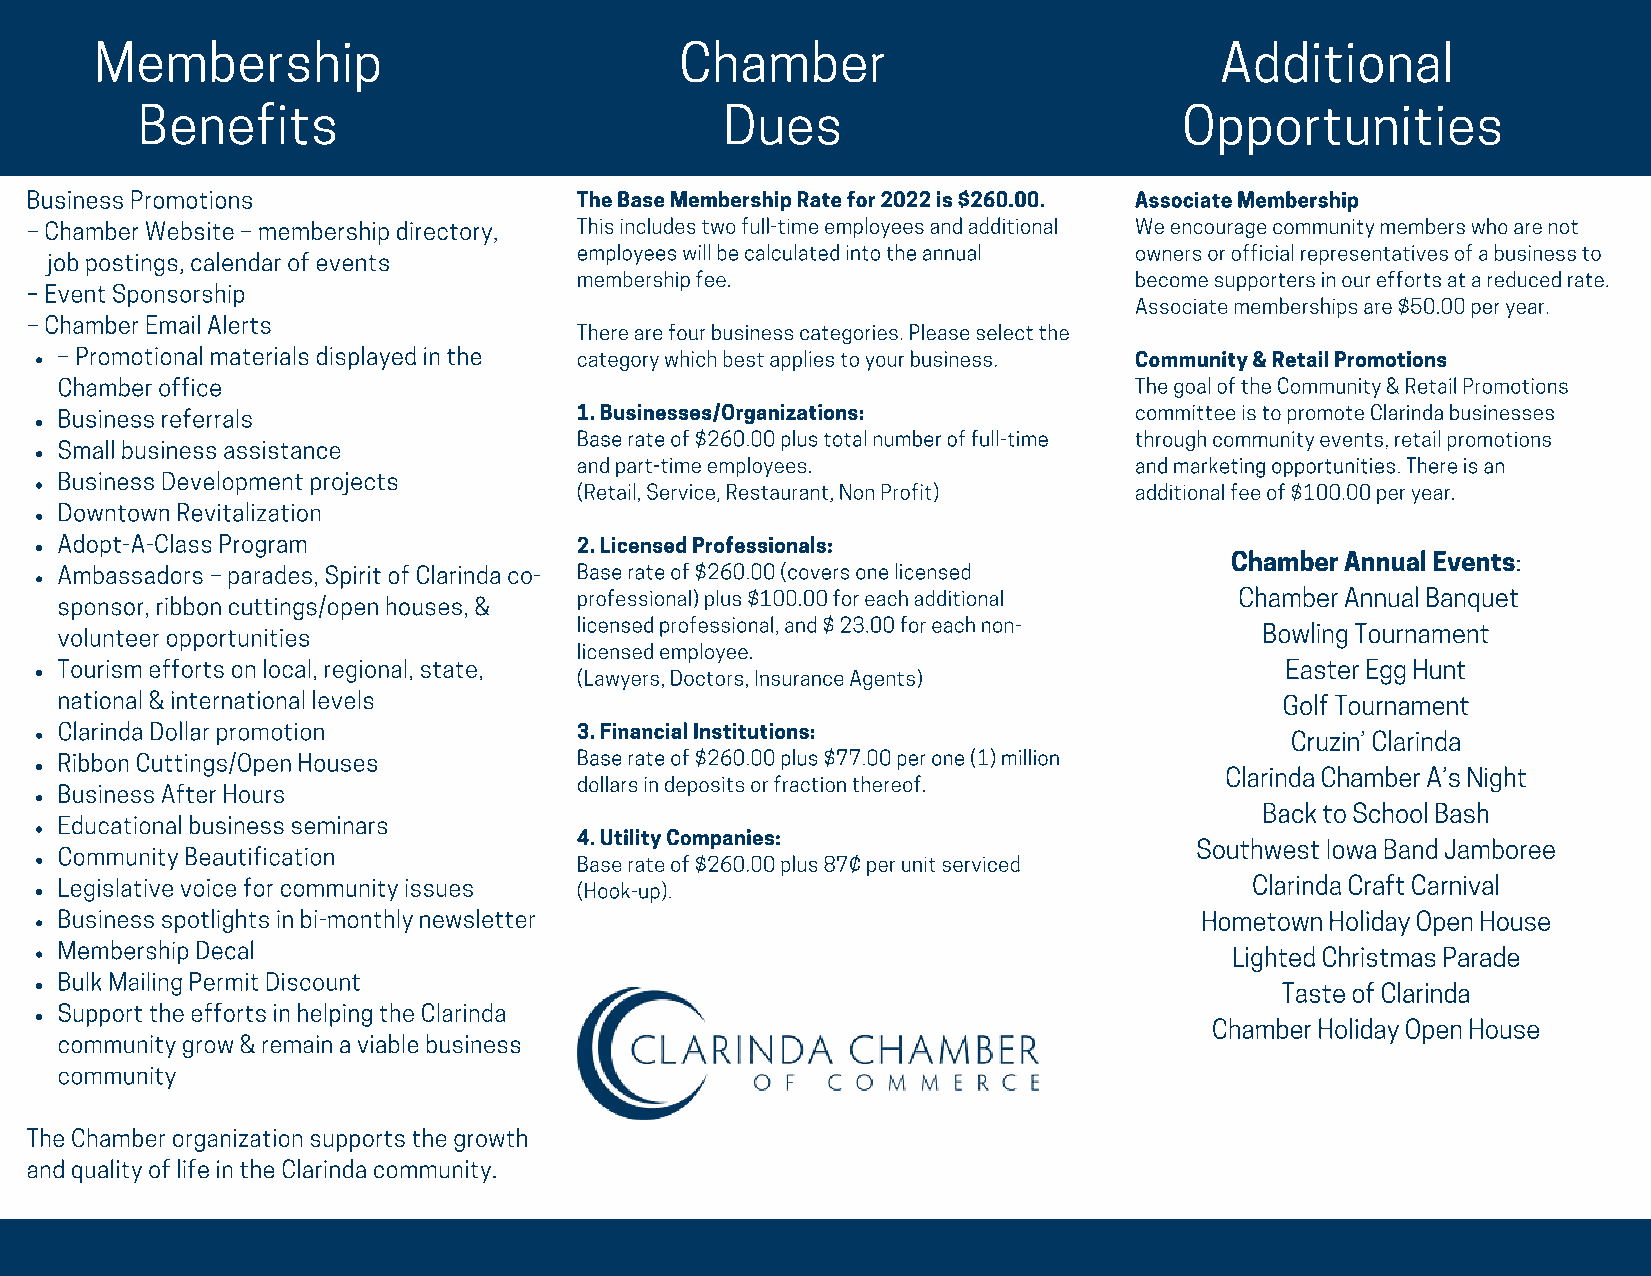
Membership                             Chamber                             Additional
 Benefits                               Dues                          Opportunities
 Business Promotions                 The Base Membership Rate for 2022 is $260.00. Associate Membership
 – Chamber Website – membership directory, This includes two full-time employees and additional We encourage community members who are not
 employees will be calculated into the annual owners or official representatives of a business to
 job postings, calendar of events
 membership fee.                      become supporters in our efforts at a reduced rate.
 – Event Sponsorship
 Associate memberships are $50.00 per year.
 – Chamber Email Alerts
 There are four business categories. Please select the
 – Promotional materials displayed in the category which best applies to your business. Community & Retail Promotions
 Chamber office                                                         The goal of the Community & Retail Promotions
 Business referrals                1. Businesses/Organizations:         committee is to promote Clarinda businesses
 Base rate of $260.00 plus total number of full-time through community events, retail promotions
 Small business assistance
 and part-time employees.             and marketing opportunities. There is an
 Business Development projects
 (Retail, Service, Restaurant, Non Profit) additional fee of $100.00 per year.
 Downtown Revitalization
 Adopt-A-Class Program             2. Licensed Professionals:
 Chamber Annual Events:
 Ambassadors – parades, Spirit of Clarinda co- Base rate of $260.00 (covers one licensed
 sponsor, ribbon cuttings/open houses, & professional) plus $100.00 for each additional Chamber Annual Banquet
 volunteer opportunities           licensed professional, and $ 23.00 for each non- Bowling Tournament
 licensed employee.
 Tourism efforts on local, regional, state,                                       Easter Egg Hunt
 (Lawyers, Doctors, Insurance Agents)
 national & international levels                                                  Golf Tournament
 Clarinda Dollar promotion         3. Financial Institutions:
 Cruzin’ Clarinda
 Ribbon Cuttings/Open Houses       Base rate of $260.00 plus $77.00 per one (1) million
 Clarinda Chamber A’s Night
 dollars in deposits or fraction thereof.
 Business After Hours
 Back to School Bash
 Educational business seminars
 4. Utility Companies:
 Southwest Iowa Band Jamboree
 Community Beautification
 Base rate of $260.00 plus 87¢ per unit serviced
 Legislative voice for community issues (Hook-up).                              Clarinda Craft Carnival
 Business spotlights in bi-monthly newsletter                               Hometown Holiday Open House
 Membership Decal                                                             Lighted Christmas Parade
 Bulk Mailing Permit Discount
 Taste of Clarinda
 Support the efforts in helping the Clarinda
 Chamber Holiday Open House
 community grow & remain a viable business
 community
 The Chamber organization supports the growth
 and quality of life in the Clarinda community.